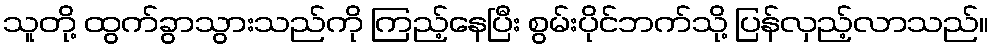
သူတို့ ထွက်ခွာသွားသည်ကို ကြည့်နေပြီး စွမ်းပိုင်ဘက်သို့ ပြန်လှည့်လာသည်။